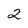
Character: 2